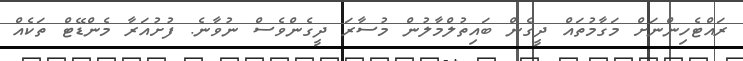
ރައްޓެހިންނަށް މަގާމުތައް ދީގެން ބައިތުލްމާލުން މުސާރަ ދީގެންވެސް ނުވާނެ. ފުށުއަރާ މެންޑޭޓް ތަކެއް